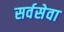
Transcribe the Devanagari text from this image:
सर्वसेवा